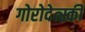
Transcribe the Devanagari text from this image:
गोरोदेत्स्की